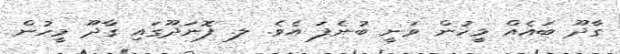
ގާދޫ ބައެއް މީހުން ވަނީ ބުނެފަ އެވެ. ލ. ފޮނަދޫގައި ގާދޫ މީހުން